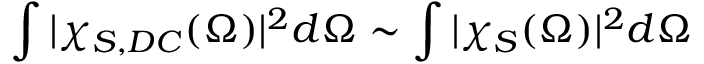
\int | \chi _ { S , D C } ( \Omega ) | ^ { 2 } d \Omega \sim \int | \chi _ { S } ( \Omega ) | ^ { 2 } d \Omega